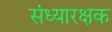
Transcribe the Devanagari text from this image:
संध्यारक्षक